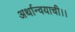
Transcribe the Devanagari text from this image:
अर्थान्वयाची।।